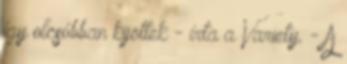
így olcsóbban kijöttek - írta a Variety. - A